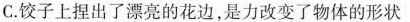
C.饺子上捏出了漂亮的花边，是力改变了物体的形状